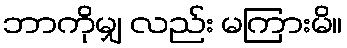
ဘာကိုမျှ လည်း မကြားမိ။